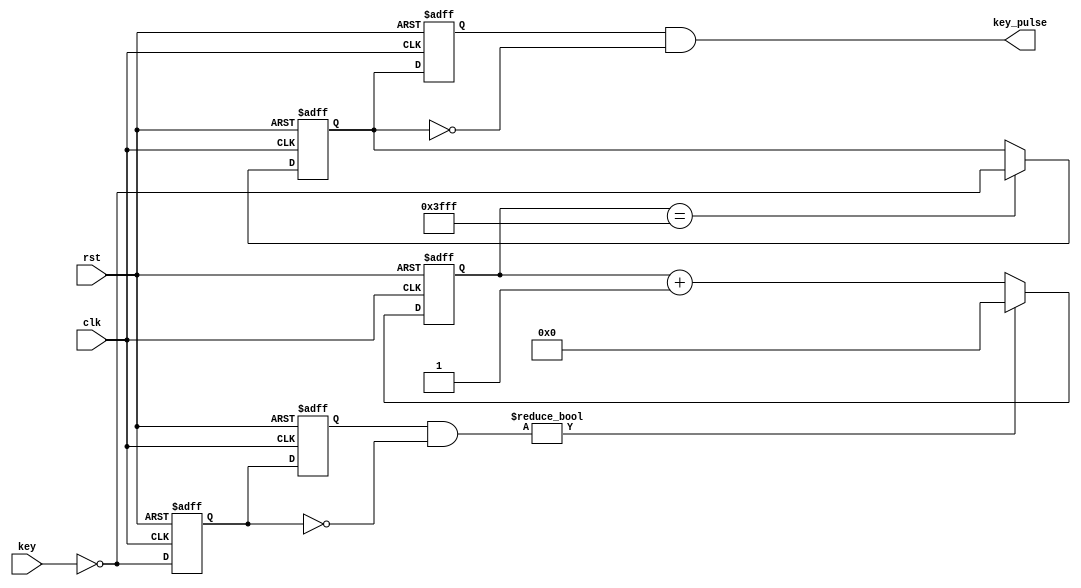
module debounce(clk, rst, key, key_pulse);

	parameter N = 5;
	input clk;
	input rst;
	input [N-1:0] key;
	output [N-1:0] key_pulse;
	reg [N-1:0] key_rst_pre;
	reg [N-1:0] key_rst;
	wire [N-1:0] key_edge;
	
	always@(posedge clk or posedge rst)
		begin
			if(rst)begin
				key_rst <= {N{1'b0}};
				key_rst_pre <= {N{1'b0}};
			end
			else begin
				key_rst <= ~key;
				key_rst_pre <= key_rst;
			end
		end
		
	assign key_edge = key_rst_pre & (~key_rst);
	
	reg [15:0] cnt;
	
	always@(posedge clk or posedge rst)
		begin
			if(rst)
				cnt <= 16'h0;
			else if(key_edge)
				cnt <= 16'h0;
			else
				cnt <= cnt + 1'h1;
		end
		
	reg [N-1:0] key_sec_pre;
	reg [N-1:0] key_sec;
	
	always@(posedge clk or posedge rst)
		begin
			if(rst)
				key_sec <= {N{1'b0}};
			else if(cnt == 16'h3fff)
				key_sec <= ~key;
		end
	
	always@(posedge clk or posedge rst)
		begin
			if(rst)
				key_sec_pre <= {N{1'b0}};
			else
				key_sec_pre <= key_sec;
		end
	
	assign key_pulse = key_sec_pre & (~key_sec);

endmodule